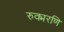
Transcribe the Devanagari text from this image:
रुक्मरणि